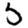
Digit: 5